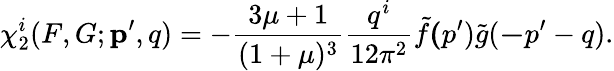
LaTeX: \chi_{2}^{i}(F,G;{\mathbf p^{\prime},q})=-\frac{3\mu+1}{(1+\mu)^{3}}\frac{q^{i}}{12\pi^{2}}\tilde{f}{\mathbf(p^{\prime}})\tilde{g}({\mathbf-p^{\prime}-q}).